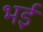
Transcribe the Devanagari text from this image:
भईं